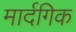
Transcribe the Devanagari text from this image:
मार्दगिक